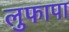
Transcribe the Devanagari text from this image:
लुफापा